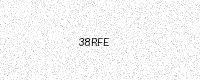
Text: 38RFE